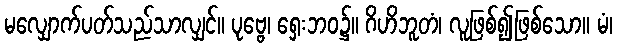
မလျှောက်ပတ်သည်သာလျှင်။ ပုဗ္ဗေ၊ ရှေးဘဝ၌။ ဂိဟိဘူတံ၊ လူဖြစ်၍ဖြစ်သော။ မံ၊